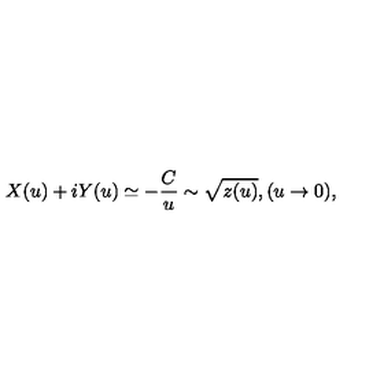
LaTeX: X ( u ) + i Y ( u ) \simeq - \frac { C } { u } \sim \sqrt { z ( u ) } , ( u \rightarrow 0 ) ,